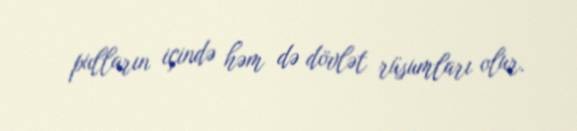
pulların içində həm də dövlət rüsumları olur.